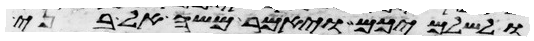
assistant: ולשלמיכם ויאמר משה אל בני